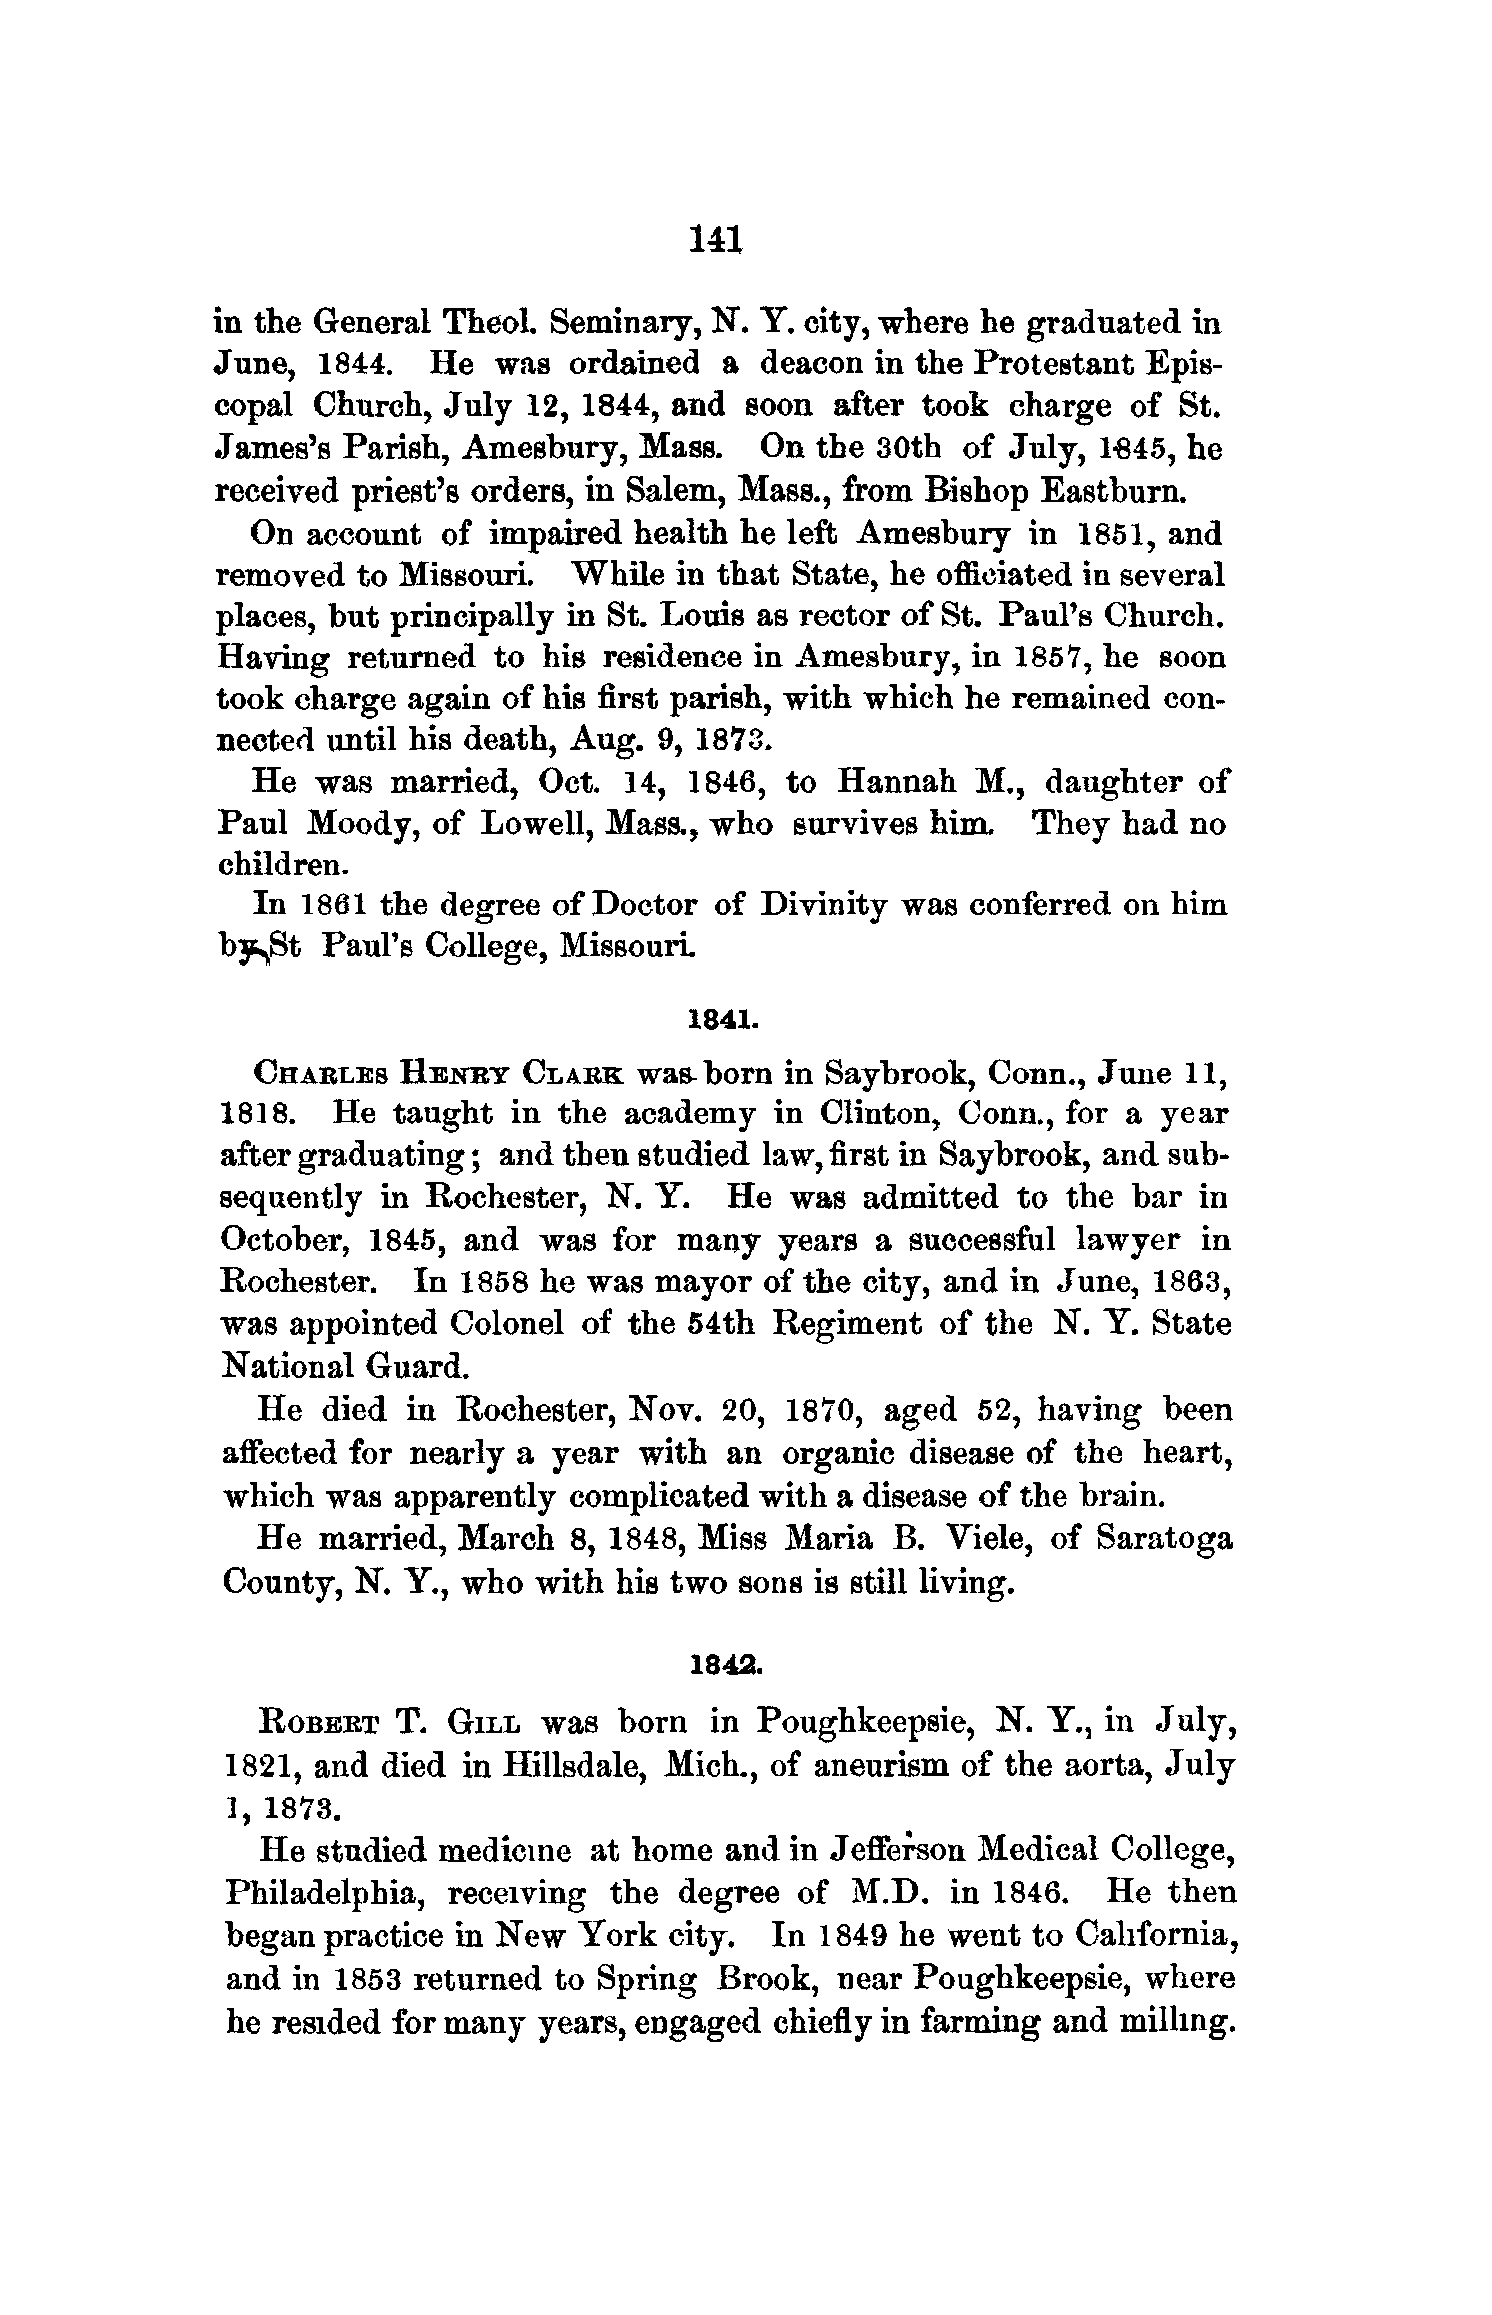
14X
 in the General Theol. Seminary,  N. Y. city, where he graduated  in
 June,  1844.  He   was  ordained  a deacon  in the Protestant Epis-
 copal  Church, July  12, 1844, and soon  after took  charge  of St.
 James's  Parish, Amesbury,  Mass.   On  the 30th  of July, 1-845, he
 received priest's orders, in Salem, Mass., from Bishop Eastburn.
 On account  of  impaired health he left Amesbury   in  1851, and
 removed   to Missouri.  While  in that State, he officiated in several
 places, but principally in St. Louis as rector of St. Paul's Church.
 Having   returned  to his residence in Amesbury,  in 1857, he  soon
 took  charge again of his first parish, with which he remained con-
 nected  until his death, Aug. 9, 1873.
 He  was  married,  Oct. 14,  1846, to Hannah    M., daughter  of
 Paul  Moody,   of Lowell, Mass., who   survives him.  They  had  no
 children.
 In 1861 the degree  of Doctor of  Divinity was conferred  on him
 by^St  Paul's College, Missouri.
 1841.
 CHARLES  HENRY    CLARK  was-born  in Saybrook, Conn.,  June 11,
 1818.  He  taught  in the academy   in Clinton, Conn., for  a year
 after graduating; and then studied law, first in Saybrook, and sub-
 sequently in Rochester,  N. Y.   He  was  admitted  to the  bar in
 October, 1845,  and  was  for many   years a successful lawyer   in
 Rochester.  In 1858  he was mayor   of the city, and in June, 1863,
 was appointed  Colonel  of the 54th Regiment   of the  N. Y. State
 National Guard.
 He  died  in Rochester,  Nov.  20, 1870,  aged  52, having  be^n
 affected for nearly a year with  an  organic disease of the  heart,
 which  was apparently  complicated with a disease of the brain.
 He  married, March   8, 1848, Miss Maria  B.  Viele, of Saratoga
 County, N.  Y., who with  his two sons is still living.
 1842.
 ROBERT   T.  GILL  was  born  in Poughkeepsie,   N. Y., in July,
 1821, and died  in Hillsdale, Mich., of aneurism of the aorta, July
 l, 1873.
 He  studied medicine  at home  and in Jeffefson Medical  College,
 Philadelphia,  receiving the  degree  of M.D.   in 1846.  He  then
 began practice in New  York  city.  In 1849 he  went to California,
 and in 1853  returned to Spring  Brook,  near Poughkeepsie,  where
 he resided for many  years, engaged chiefly in farming and milling.